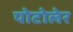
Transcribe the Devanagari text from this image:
पोटोलेर